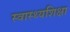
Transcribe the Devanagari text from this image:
स्वास्थ्यशिक्षा